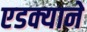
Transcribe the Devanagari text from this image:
एडक्याने